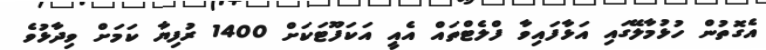
އެގޮތުން ހުޅުމާލޭގައި އަޅާފައިވާ ފްލެޓްތައް އެއީ އަކަފޫޓަކަށް 1400 ރުފިޔާ ކަމަށް ވިދާޅުވެ